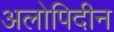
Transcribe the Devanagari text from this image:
अलोपिदीन